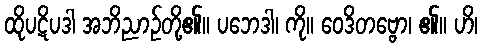
ထိုပဋိပဒါ အဘိညာဉ်တို့၏။ ပဘေဒါ၊ ကို။ ဝေဒိတဗ္ဗော၊ ၏။ ဟိ၊